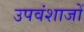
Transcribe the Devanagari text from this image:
उपवंशाजों